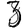
Digit: 3